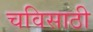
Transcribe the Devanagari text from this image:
चविसाठी